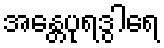
အန္တေပုရဒွါရေ